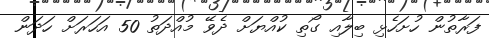
ފަރާތުން ހުށަހެޅި ބިލާއި ގޯތި ކުއްޔަށް ދެވޭ މުއްދަތު 50 އަހަރަށް ހަދަން